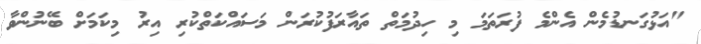
"އަޅުގަނޑުމެން އެންމެ ފުރަތަމަ މި ހިދުމަތް ތައާރަފުކުރަން މަސައްކަތްކުރި އިރު މިކަމަށް ބޭނުންވާ